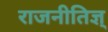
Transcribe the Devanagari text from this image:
राजनीतिज्ञ्